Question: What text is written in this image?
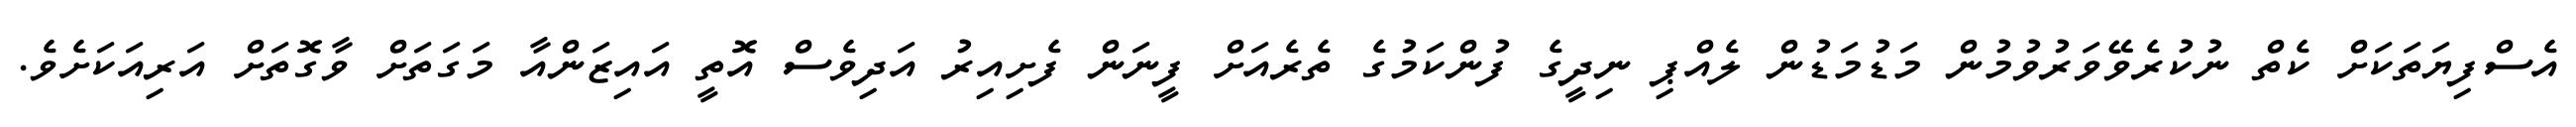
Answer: އެސްފިޔަތަކަށް ކެތް ނުކުރެވޭވަރުވުމުން މަޑުމަޑުން ލެއްޕި ނިދީގެ ފުންކަމުގެ ތެރެއަށް ފީނަން ފެށިއިރު އަދިވެސް އޮތީ އައިޒަންއާ މަގަތަށް ވާގޮތަށް އަރިއަކަށެވެ.